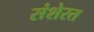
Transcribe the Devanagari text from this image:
संशेरत